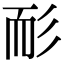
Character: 耏